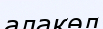
алакөл